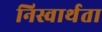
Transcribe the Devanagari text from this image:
निस्वार्थता